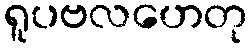
ရူပဗလဟေတု